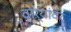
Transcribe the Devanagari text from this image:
वाऱ्यांवर